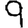
Digit: 9